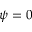
\psi = 0